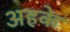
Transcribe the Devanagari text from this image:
अहके